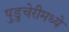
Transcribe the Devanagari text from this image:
पुडुचेरीमध्ये